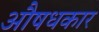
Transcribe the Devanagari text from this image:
औषधकार